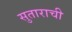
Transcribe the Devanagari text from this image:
सुताराची